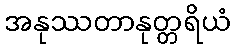
အနုဿတာနုတ္တရိယံ